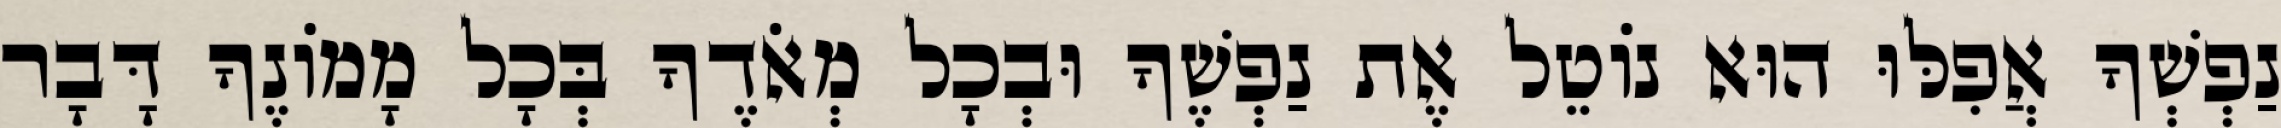
נַפְשְׁךָ אֲפִלּוּ הוּא נוֹטֵל אֶת נַפְשֶׁךָ וּבְכָל מְאֹדֶךָ בְּכָל מָמוֹנֶךָ דָּבָר